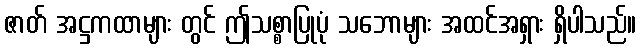
ဇာတ် အဋ္ဌကထာများ တွင် ဤသစ္စာပြုပုံ သဘောများ အထင်အရှား ရှိပါသည်။